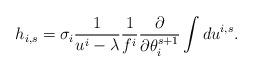
LaTeX: \begin{align*}h_{i,s}=\sigma_i \frac1{u^i - \lambda}\frac1{f^i} \frac{\partial }{\partial \theta_i^{s+1}} \int du^{i,s} .\end{align*}